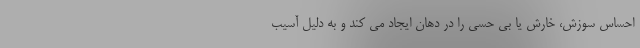
احساس سوزش، خارش یا بی حسی را در دهان ایجاد می کند و به دلیل آسیب